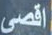
اقصى